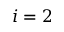
i = 2